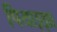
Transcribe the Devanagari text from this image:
पियाझ्झा